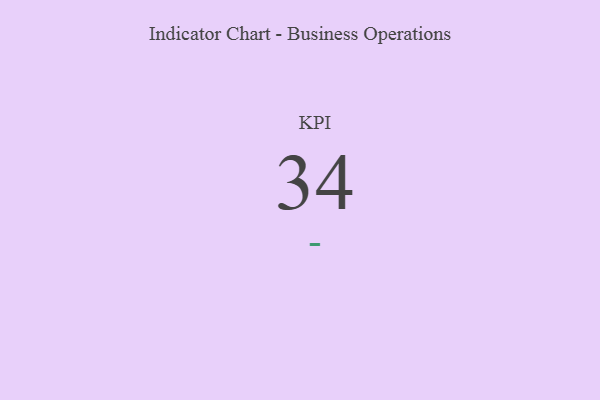
{"axis": {"x": "KPI", "y": "Value"}, "legend": [""], "data": [{"x": "KPI", "y": 34, "type": ""}]}